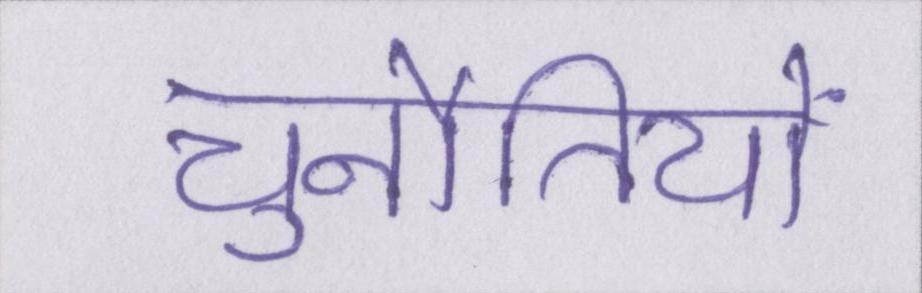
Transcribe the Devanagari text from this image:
चुनौतियों